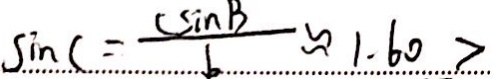
\sin C = \frac { c \sin B } { b } \approx 1 . 6 0 >